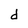
Character: d